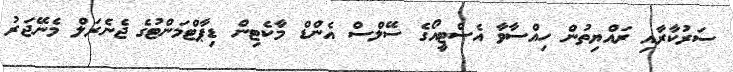
ސަރުކާރާއި ރައްޔިތުން ހިއްސާވާ އެސްޓީއޯގެ ސޭލްސް އެންޑް މާކެޓިން ޑިޕާޓްމަންޓުގެ ޖެނެރަލް މެނޭޖަރު